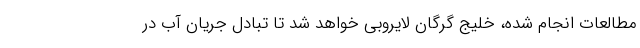
مطالعات انجام شده، خلیج گرگان لایروبی خواهد شد تا تبادل جریان آب در